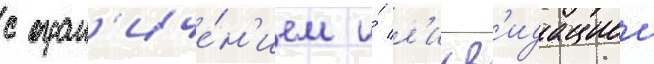
с огран'иче́н'ием и́ л'икв'идациеи